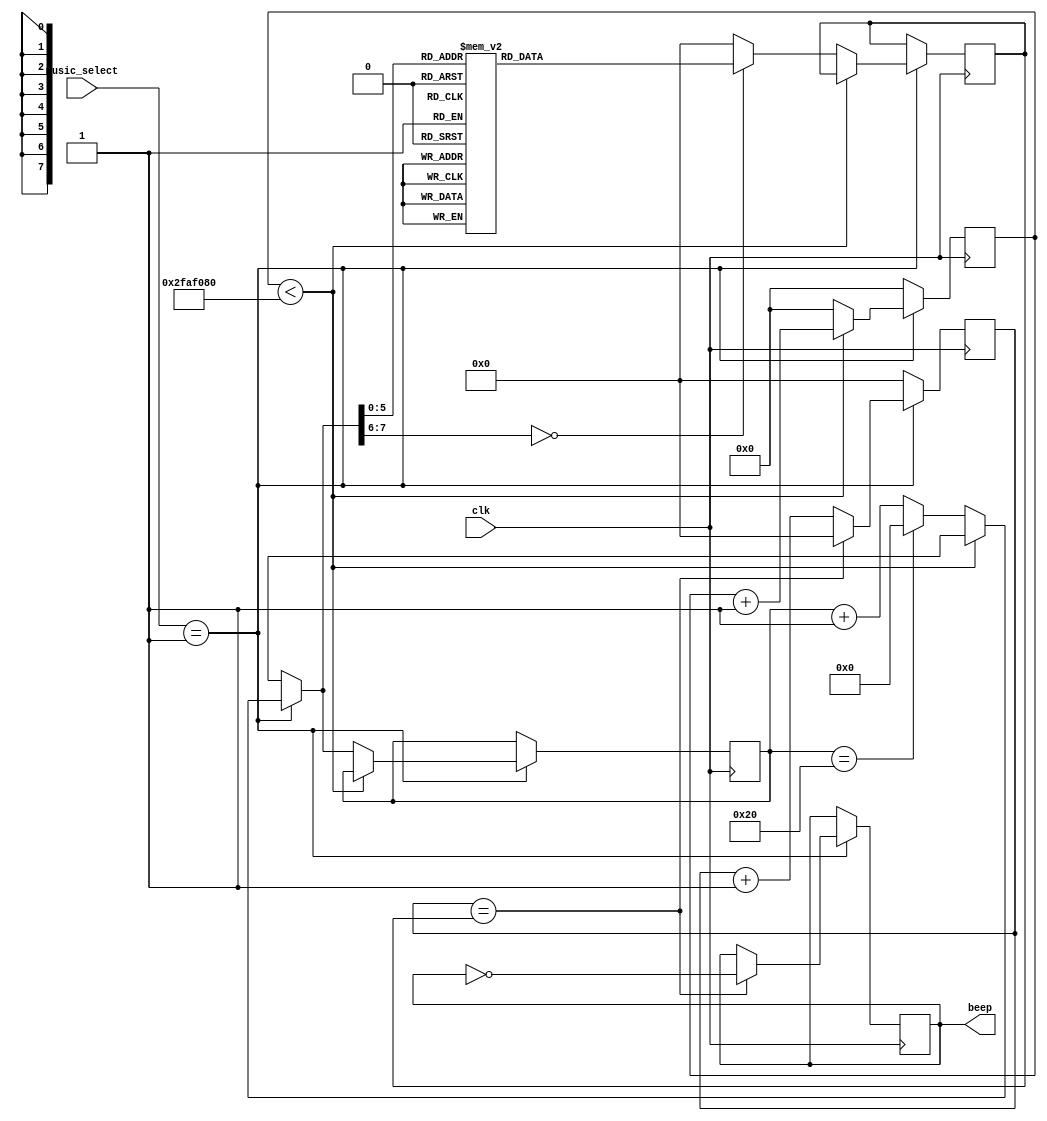
module play_QingTian(
    input wire [1:0] music_select,
    input clk,         // 
    output  beep        // 
);

    reg beep_r;         // 
    reg[7:0] state;     // 
    reg[16:0] count, count1; // 
    reg[25:0] count2;   // 

    // G
    parameter
        L_1 = 18'd127552,
        L_2 = 18'd113636,
        L_3 = 18'd101236,
        L_4 = 18'd95548,
        L_5 = 18'd85136,
        L_6 = 18'd75838,
        L_7 = 18'd67567,
        M_1 = 18'd63776,
        M_2 = 18'd56818,
        M_3 = 18'd50607,
        M_4 = 18'd47778,
        M_5 = 18'd42553,
        M_6 = 18'd37936,
        M_7 = 18'd33783;

    parameter TIME = 50000000; // 500ms

    assign beep = beep_r;    // 

    // 
    always @(posedge clk) begin
        if(music_select == 2'b01) begin 
            count <= count + 1'b1;    // 
            if (count == count1) begin
                count <= 17'h0;
                beep_r <= !beep_r;      // 
            end
        end
        else begin
            count <= 1'b0;
        end
    end

    // 
    always @(posedge clk) begin
        if(music_select == 2'b01) begin
            if (count2 < TIME)
                count2 = count2 + 1'b1;
            else begin
                count2 = 26'd0;
                if (state == 8'd32)begin
                    state = 8'd0;
                end
                else begin
                    state = state + 1'b1;
                end
                case(state)
                    // 
                    8'D0: count1 = L_6;
                    8'D1: count1 = M_1;
                    8'D2: count1 = M_5;
                    8'D3:count1=M_1;
                    8'D4:count1=L_4;
                    8'D5:count1=L_5;
                    8'D6:count1=M_5;
                    8'D7:count1=M_1;
                    8'D8:count1=L_1;
                    8'D9:count1=L_5;
                    8'D10:count1=M_5;
                    8'D11:count1=M_1;
                    8'D12:count1=L_1;
                    8'D13:count1=M_5;
                    8'D14:count1=L_1;
                    8'D15:count1=M_5;
                    8'D16:count1=L_6;
                    8'D17:count1=M_1;
                    8'D18:count1=M_5;
                    8'D19:count1=L_6;
                    8'D20:count1=L_4;
                    8'D21:count1=L_5;
                    8'D22:count1=M_5;
                    8'D23:count1=M_1;
                    8'D24:count1=L_1;
                    8'D25:count1=L_5;
                    8'D26:count1=M_5;
                    8'D27:count1=M_1;
                    8'D28:count1=L_1;
                    8'D29:count1=M_5;
                    8'D30:count1=L_7;
                    8'D31:count1=M_1;
                    8'D32: count1 = M_5;
                    default: count1 = 16'h0;
                endcase
            end
        end
        else begin
            count2 = 1'b0;
        end
    end
endmodule